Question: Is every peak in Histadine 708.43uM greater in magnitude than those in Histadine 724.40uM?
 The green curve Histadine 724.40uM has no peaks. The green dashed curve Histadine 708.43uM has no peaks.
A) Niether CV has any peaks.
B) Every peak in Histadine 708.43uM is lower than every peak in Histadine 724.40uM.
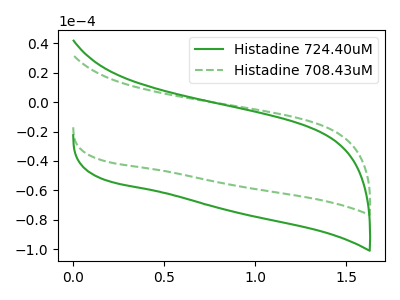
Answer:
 <answer>A) Niether CV has any peaks.</answer>
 <eval>A</eval>